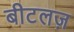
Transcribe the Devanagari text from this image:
बीटलज़